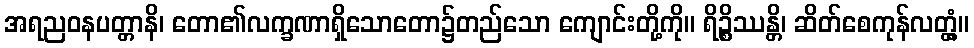
အရညဝနပတ္တာနိ၊ တော၏လက္ခဏာရှိသောတော၌တည်သော ကျောင်းတို့ကို။ ရိဉ္စိဿန္တိ၊ ဆိတ်စေကုန်လတ္တံ့။